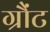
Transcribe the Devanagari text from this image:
ग्रौंट